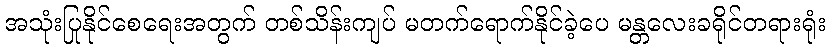
အသုံးပြုနိုင်စေရေးအတွက် တစ်သိန်းကျပ် မတက်ရောက်နိုင်ခဲ့ပေ မန္တလေးခရိုင်တရားရုံး